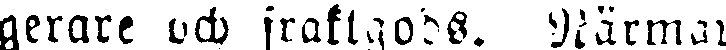
gerare och fraktgods. Närmar